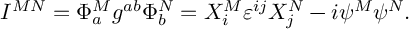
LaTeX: I ^ { M N } = \Phi _ { a } ^ { M } g ^ { a b } \Phi _ { b } ^ { N } = X _ { i } ^ { M } \varepsilon ^ { i j } X _ { j } ^ { N } - i \psi ^ { M } \psi ^ { N } .